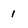
Character: 1